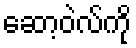
ဆော့ဝဲလ်ကို